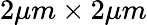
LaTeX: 2\mu m\times 2\mu m